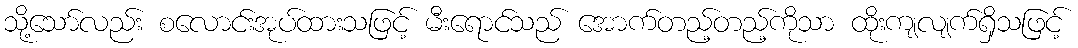
သို့သော်လည်း စလောင်းအုပ်ထားသဖြင့် မီးရောင်သည် အောက်တည့်တည့်ကိုသာ ထိုးကျလျက်ရှိသဖြင့်